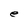
Character: e